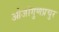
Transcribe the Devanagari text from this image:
ओजोगुणप्रचुर